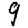
Digit: 9